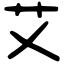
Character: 艾